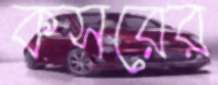
কসরের